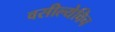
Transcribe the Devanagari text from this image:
वसील्येविच